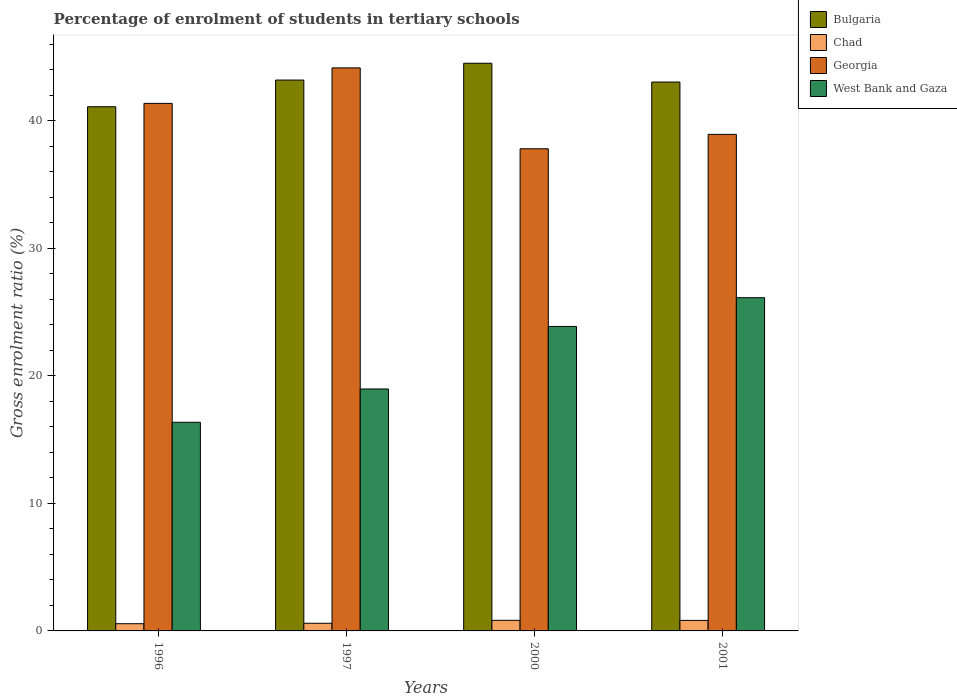
| Years | Bulgaria | Chad | Georgia | West Bank and Gaza |
 | --- | --- | --- | --- | --- |
 | 1996 | 41.1 | 0.565 | 41.3 | 16.4 |
 | 1997 | 43.2 | 0.6 | 44.1 | 19 |
 | 2000 | 44.5 | 0.831 | 37.8 | 23.9 |
 | 2001 | 43 | 0.825 | 38.9 | 26.1 |